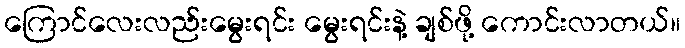
ကြောင်လေးလည်းမွေးရင်း မွေးရင်းနဲ့ ချစ်ဖို့ ကောင်းလာတယ်။